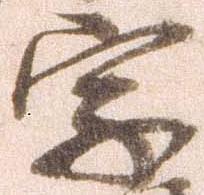
字